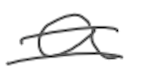
Text: a
Cross-out: double-line
Writing tool: digital_gray